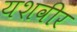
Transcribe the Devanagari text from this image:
यशवीर